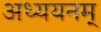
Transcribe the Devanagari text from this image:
अध्ययनम्